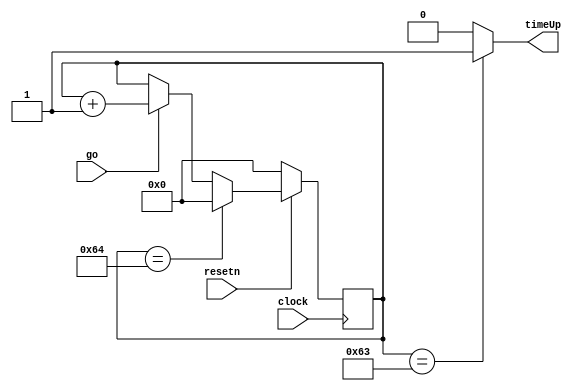
module gameDuration(
	input go,
	input clock,
	input resetn, 
	output timeUp
	);
	
	localparam timeLimit = 7'd99;
	reg [6:0] timeElapsed;
	
	always @ (posedge clock)
	begin
		if(!resetn)
			timeElapsed <= 7'd0;
		else if(timeElapsed == 7'd100)
			timeElapsed <= 7'd0;
		else if(go)
			timeElapsed <= timeElapsed + 1'b1;
	end
	
	assign timeUp = (timeElapsed == timeLimit) ? 1'b1 : 1'b0;

endmodule